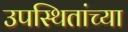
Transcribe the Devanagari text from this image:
उपस्थितांच्या